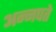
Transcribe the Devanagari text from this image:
अन्नपते